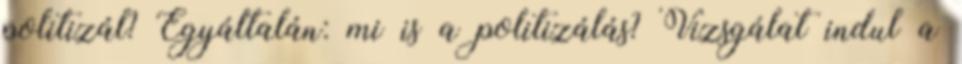
politizál? Egyáltalán: mi is a politizálás? Vizsgálat indul a